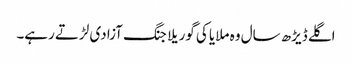
اگلے ڈیڑھ سال وہ ملایا کی گوریلا جنگ آزادی لڑتے رہے۔